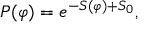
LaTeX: P ( \varphi ) = e ^ { - S ( \varphi ) + S _ { 0 } } ,